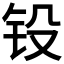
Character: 𨱁